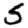
Digit: 5